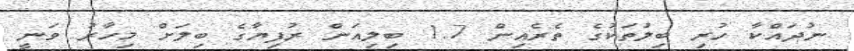
ނުދައްކާ ހުރި ބިލުތަކުގެ ތެރެއިން 1.7 ބިލިއަން ރުފިޔާގެ ބިލަށް މިހާރު ވަނީ